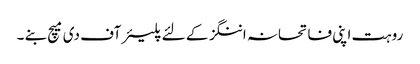
روہت اپنی فاتحانہ اننگز کے لئے پلیئر آف دی میچ بنے ۔